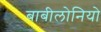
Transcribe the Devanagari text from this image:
बाबीलोनियो